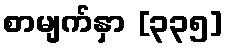
စာမျက်နှာ [၃၃၅]